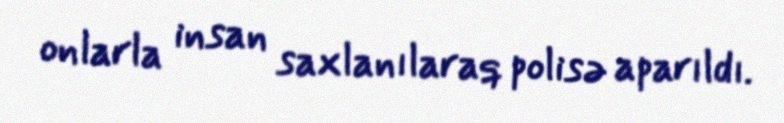
onlarla insan saxlanılaraq polisə aparıldı.